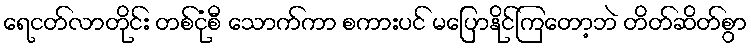
ရေငတ်လာတိုင်း တစ်ငုံစီ သောက်ကာ စကားပင် မပြောနိုင်ကြတော့ဘဲ တိတ်ဆိတ်စွာ